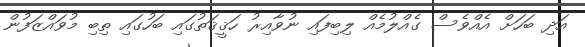
އަދި ބަހަށް އެއްވެސް ގެއްލުމެއް ލިބިފައި ނުވާއިރު ހަޤީޤަތުގައި ބަހުގައި ތިބި މުވައްޒަފުން